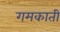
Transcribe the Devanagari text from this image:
गमकाती